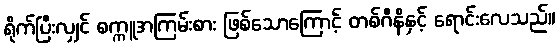
ရိုက်ပြီးလျှင် စက္ကူအကြမ်းစား ဖြစ်သောကြောင့် တစ်ဂီနိနှင့် ရောင်းလေသည်။